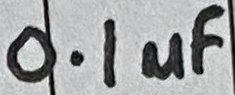
Text: 0.1µF